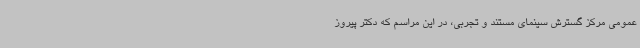
عمومی مرکز گسترش سینمای مستند و تجربی، در این مراسم که دکتر پیروز